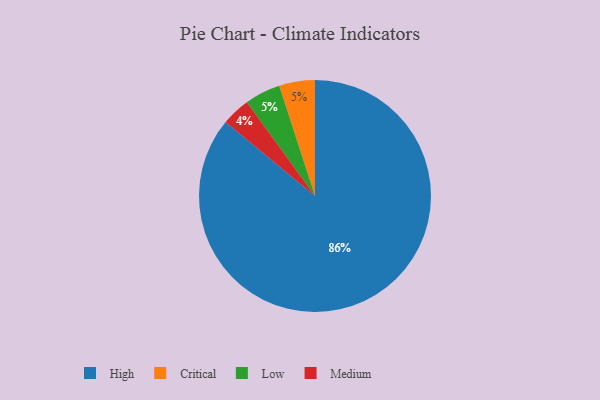
{"axis": {"x": "Category", "y": "Percentage"}, "legend": ["Critical", "High", "Low", "Medium"], "data": [{"x": "Critical", "y": 5, "type": "Critical"}, {"x": "High", "y": 86, "type": "High"}, {"x": "Medium", "y": 4, "type": "Medium"}, {"x": "Low", "y": 5, "type": "Low"}]}